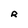
Character: R